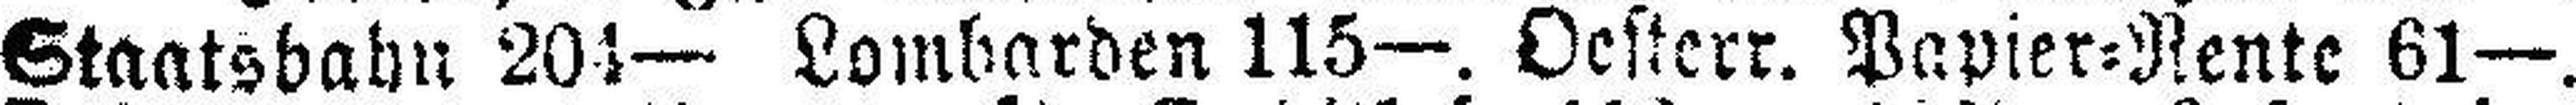
Staatsbahn 201— Lombarden 115—. Oesterr. Papier=Rente 61—.